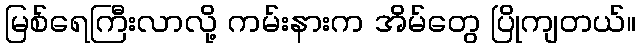
မြစ်ရေကြီးလာလို့ ကမ်းနားက အိမ်တွေ ပြိုကျတယ်။